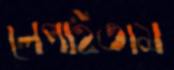
লেপাইতাম